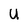
Character: u